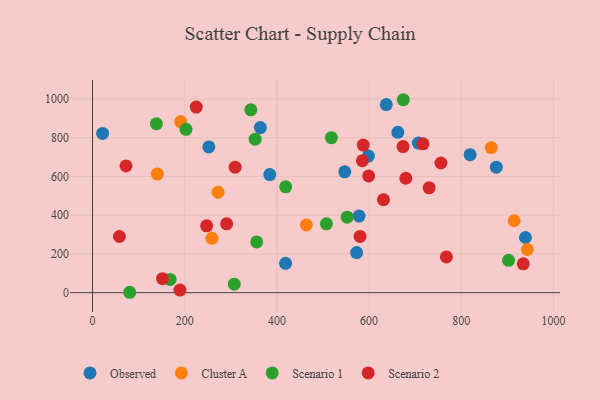
{"axis": {"x": "Distance", "y": "Demand"}, "legend": ["Cluster A", "Observed", "Scenario 1", "Scenario 2"], "data": [{"x": "21.9", "y": 822.0, "type": "Observed"}, {"x": "578.3", "y": 395.7, "type": "Observed"}, {"x": "598.5", "y": 705.3, "type": "Observed"}, {"x": "384.5", "y": 609.9, "type": "Observed"}, {"x": "573.0", "y": 206.9, "type": "Observed"}, {"x": "418.8", "y": 151.6, "type": "Observed"}, {"x": "547.3", "y": 624.0, "type": "Observed"}, {"x": "637.2", "y": 971.1, "type": "Observed"}, {"x": "876.0", "y": 647.8, "type": "Observed"}, {"x": "819.2", "y": 712.4, "type": "Observed"}, {"x": "252.3", "y": 752.7, "type": "Observed"}, {"x": "364.1", "y": 852.5, "type": "Observed"}, {"x": "939.2", "y": 285.0, "type": "Observed"}, {"x": "706.9", "y": 772.2, "type": "Observed"}, {"x": "662.3", "y": 828.1, "type": "Observed"}, {"x": "463.9", "y": 349.8, "type": "Cluster A"}, {"x": "914.6", "y": 371.4, "type": "Cluster A"}, {"x": "191.1", "y": 883.6, "type": "Cluster A"}, {"x": "259.1", "y": 280.5, "type": "Cluster A"}, {"x": "272.3", "y": 518.5, "type": "Cluster A"}, {"x": "943.4", "y": 223.0, "type": "Cluster A"}, {"x": "865.1", "y": 749.2, "type": "Cluster A"}, {"x": "140.6", "y": 612.6, "type": "Cluster A"}, {"x": "518.2", "y": 800.2, "type": "Scenario 1"}, {"x": "552.5", "y": 389.8, "type": "Scenario 1"}, {"x": "902.6", "y": 167.2, "type": "Scenario 1"}, {"x": "356.2", "y": 262.3, "type": "Scenario 1"}, {"x": "419.0", "y": 546.5, "type": "Scenario 1"}, {"x": "138.5", "y": 872.2, "type": "Scenario 1"}, {"x": "307.5", "y": 44.1, "type": "Scenario 1"}, {"x": "202.8", "y": 843.5, "type": "Scenario 1"}, {"x": "352.8", "y": 792.4, "type": "Scenario 1"}, {"x": "80.6", "y": 2.1, "type": "Scenario 1"}, {"x": "507.4", "y": 355.3, "type": "Scenario 1"}, {"x": "343.4", "y": 944.1, "type": "Scenario 1"}, {"x": "674.2", "y": 996.2, "type": "Scenario 1"}, {"x": "168.3", "y": 68.7, "type": "Scenario 1"}, {"x": "189.7", "y": 13.4, "type": "Scenario 2"}, {"x": "580.4", "y": 290.2, "type": "Scenario 2"}, {"x": "151.9", "y": 72.1, "type": "Scenario 2"}, {"x": "599.1", "y": 602.6, "type": "Scenario 2"}, {"x": "309.4", "y": 647.8, "type": "Scenario 2"}, {"x": "716.9", "y": 768.5, "type": "Scenario 2"}, {"x": "585.5", "y": 681.4, "type": "Scenario 2"}, {"x": "587.4", "y": 762.0, "type": "Scenario 2"}, {"x": "290.9", "y": 355.4, "type": "Scenario 2"}, {"x": "934.5", "y": 149.2, "type": "Scenario 2"}, {"x": "72.6", "y": 654.5, "type": "Scenario 2"}, {"x": "58.3", "y": 290.0, "type": "Scenario 2"}, {"x": "673.7", "y": 754.3, "type": "Scenario 2"}, {"x": "730.3", "y": 541.5, "type": "Scenario 2"}, {"x": "225.0", "y": 958.2, "type": "Scenario 2"}, {"x": "247.6", "y": 345.2, "type": "Scenario 2"}, {"x": "679.7", "y": 590.7, "type": "Scenario 2"}, {"x": "767.7", "y": 184.8, "type": "Scenario 2"}, {"x": "631.2", "y": 480.4, "type": "Scenario 2"}, {"x": "755.9", "y": 669.4, "type": "Scenario 2"}]}